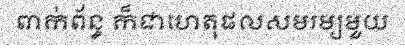
ពាក់ព័ន្ធ ក៏ជាហេតុផលសមរម្យមួយ